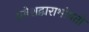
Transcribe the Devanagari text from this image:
प्रवेशद्वाराभोवती